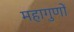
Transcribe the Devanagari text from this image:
महागुणों